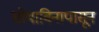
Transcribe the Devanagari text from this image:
सोयाबिनापासून